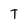
Character: T